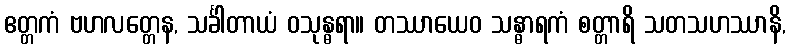
ဧတ္တကံ ဗဟလတ္တေန, သင်္ခါတာယံ ဝသုန္ဓရာ။ တဿာယေဝ သန္ဓာရကံ စတ္တာရိ သတသဟဿာနိ,